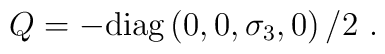
Q = - {\rm diag} \left ( 0,0,\sigma_3,0 \right ) /2 \ .